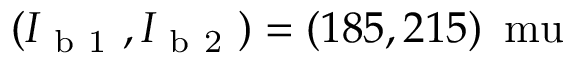
( I _ { \mathrm { ~ b ~ 1 ~ } } , I _ { \mathrm { ~ b ~ 2 ~ } } ) = ( 1 8 5 , 2 1 5 ) \, \mathrm { \ m u }